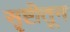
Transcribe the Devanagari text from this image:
सृष्टीतून